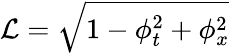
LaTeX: \mathcal{L}=\sqrt{1-\phi_{t}^{2}+\phi_{x}^{2}}